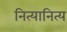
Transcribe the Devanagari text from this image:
नित्यानित्य